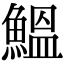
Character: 鰮